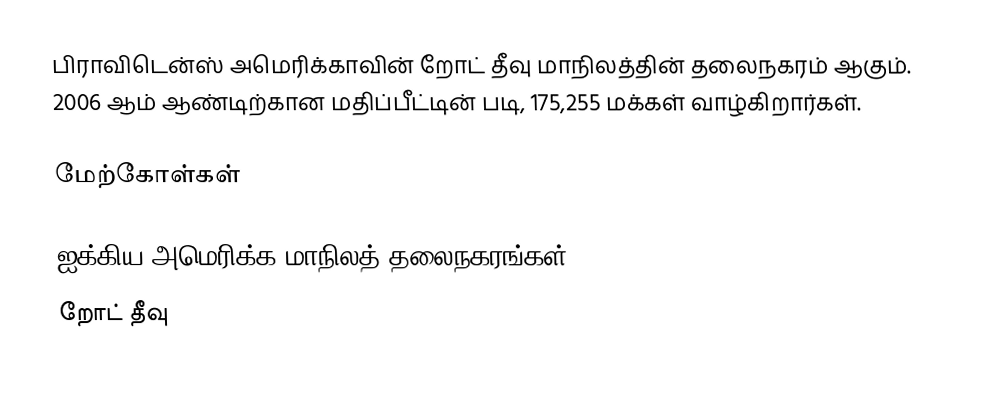
பிராவிடென்ஸ் அமெரிக்காவின் றோட் தீவு மாநிலத்தின் தலைநகரம் ஆகும். 2006 ஆம் ஆண்டிற்கான மதிப்பீட்டின் படி, 175,255 மக்கள் வாழ்கிறார்கள்.

மேற்கோள்கள்

ஐக்கிய அமெரிக்க மாநிலத் தலைநகரங்கள்
றோட் தீவு